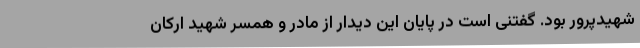
شهیدپرور بود. گفتنی است در پایان این دیدار از مادر و همسر شهید ارکان